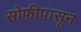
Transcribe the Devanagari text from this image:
सोफीपासून